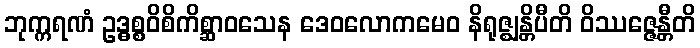
ဘုက္ကရဏံ ဥဒ္ဓစ္စဝိစိကိစ္ဆာဝသေန ဒေဝလောကမေဝ နိရုဇ္ဈန္တိပီတိ ဝိဿဇ္ဇေန္တီတိ